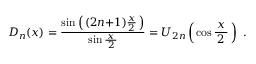
D _ { n } ( x ) = { \frac { \sin \left( \, ( 2 n { + } 1 ) { \frac { x } { 2 } } \, \right) } { \sin { \frac { \, x \, } { 2 } } } } = U _ { 2 n } \left( \, \cos { \frac { \, x \, } { 2 } } \, \right) ~ .